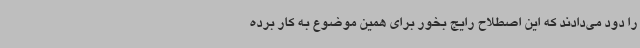
را دود می‌دادند که این اصطلاح رایج بخور برای همین موضوع به کار برده